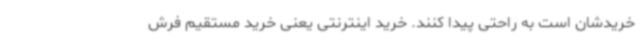
خریدشان است به راحتی پیدا کنند. خرید اینترنتی یعنی خرید مستقیم فرش